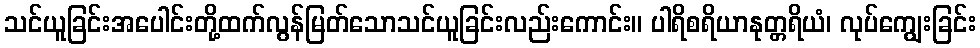
သင်ယူခြင်းအပေါင်းတို့ထက်လွန်မြတ်သောသင်ယူခြင်းလည်းကောင်း။ ပါရိစရိယာနုတ္တရိယံ၊ လုပ်ကျွေးခြင်း